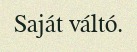
Saját váltó.